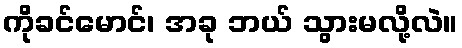
ကိုခင်မောင်၊ အခု ဘယ် သွားမလို့လဲ။